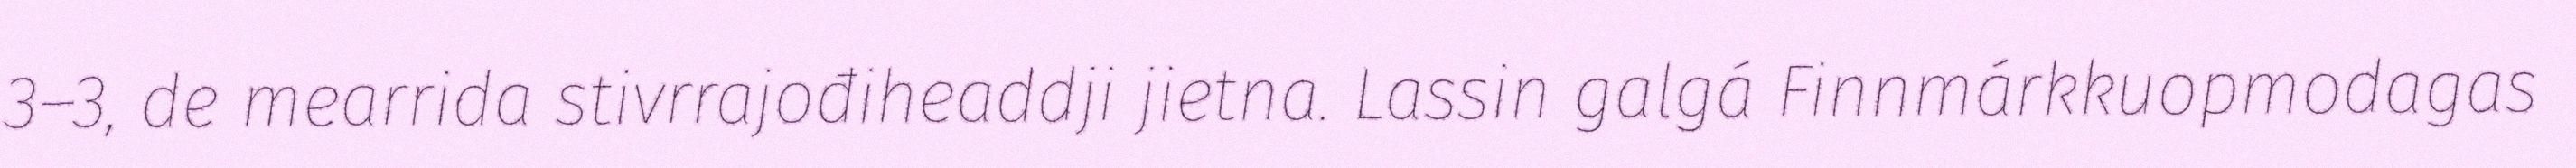
3–3, de mearrida stivrrajođiheaddji jietna. Lassin galgá Finnmárkkuopmodagas